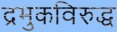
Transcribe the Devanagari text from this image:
द्रमुकविरुद्ध